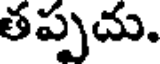
తప్పచు.